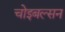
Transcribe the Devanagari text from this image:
चोइबल्सन